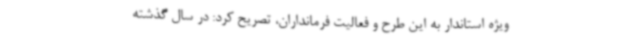
ویژه استاندار به این طرح و فعالیت فرمانداران، تصریح کرد: در سال گذشته